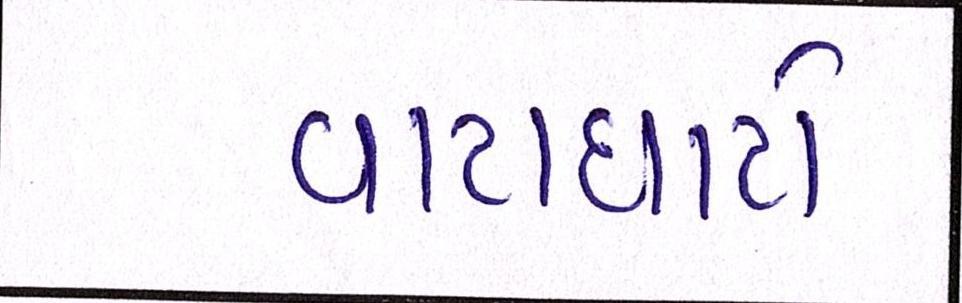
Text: વાટાઘાટો